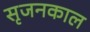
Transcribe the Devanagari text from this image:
सृजनकाल